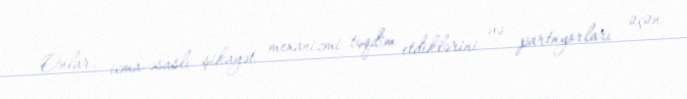
Onlar, icma-əsaslı şikayət mexanizmi təqdim etdiklərini və partnyorları üçün